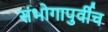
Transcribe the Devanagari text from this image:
संभोगापुर्वीच